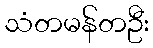
သံတမန်တဦး